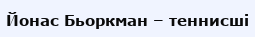
Йонас Бьоркман – теннисші